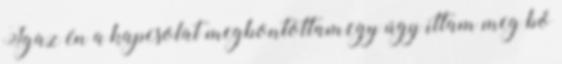
Igaz én a kapcsolat megbontottam,egy úgy ittam meg bő